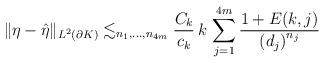
LaTeX: \begin{align*}\Vert \eta - \hat{\eta} \Vert_{L^{2}(\partial K)}\lesssim_{n_{1},\ldots,n_{4m}}\dfrac{C_k}{c_k} \, k \,\sum_{j = 1}^{4m} \dfrac{1+E(k,j)}{\left( d_{j} \right)^{n_{j}}}\end{align*}